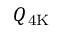
Q \mathrm { { _ { 4 K } } }